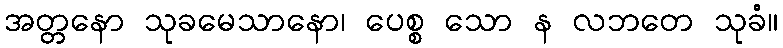
အတ္တနော သုခမေသာနော၊ ပေစ္စ သော န လဘတေ သုခံ။